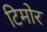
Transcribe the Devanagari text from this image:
टिमोर